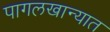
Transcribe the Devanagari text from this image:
पागलखान्यात